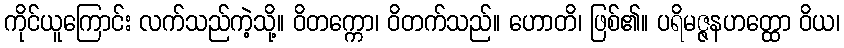
ကိုင်ယူကြောင်း လက်သည်ကဲ့သို့။ ဝိတက္ကော၊ ဝိတက်သည်။ ဟောတိ၊ ဖြစ်၏။ ပရိမဇ္ဇနဟတ္ထော ဝိယ၊